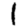
Digit: 1